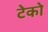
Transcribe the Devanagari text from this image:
टेको